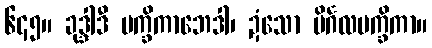
၆၄၅။ ခုဒ္ဒါဒီ မက္ခိကာဘေဒါ၊ ဍံသော ပိင်္ဂလမက္ခိကာ။